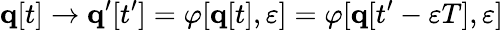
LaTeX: \mathbf{q}[t]\rightarrow\mathbf{q}^{\prime}[t^{\prime}]=\varphi[\mathbf{q}[t],\varepsilon]=\varphi[\mathbf{q}[t^{\prime}-\varepsilon T],\varepsilon]